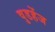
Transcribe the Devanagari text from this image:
वुडहेंज